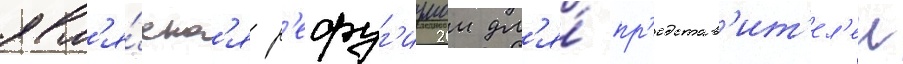
явл'я́етс'я р'ефуг'иумом дл'я́ пр'едстав'ит'ел'еи